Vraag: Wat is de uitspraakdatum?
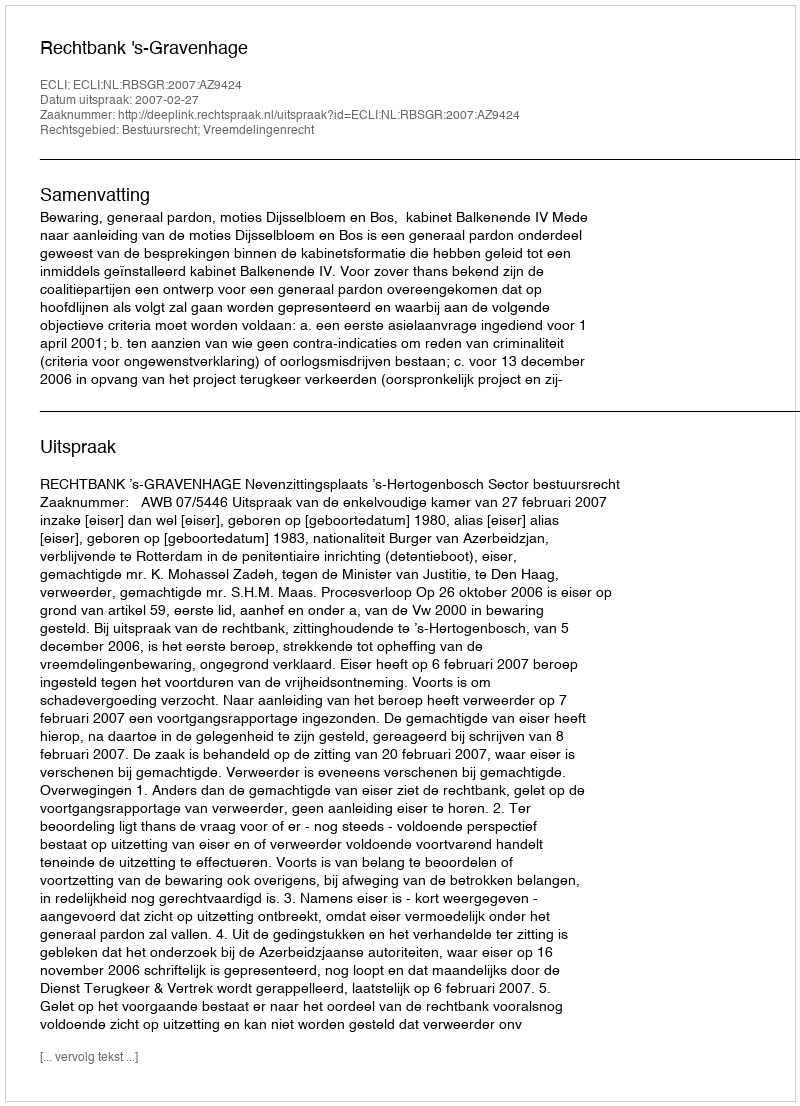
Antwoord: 2007-02-27